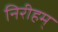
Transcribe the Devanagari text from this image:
निरीहम्